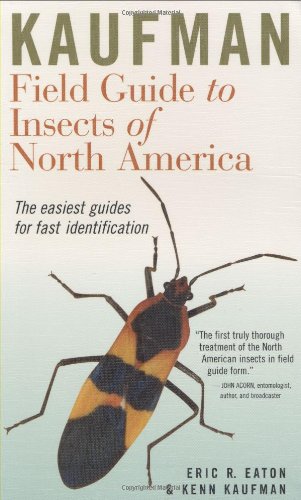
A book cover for Kaufman Field Guide to Insects of North America (Kaufman Field Guides); Eric R. Eaton; Science & Math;